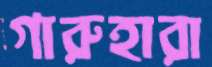
গারুহারা